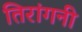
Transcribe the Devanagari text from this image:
तिरांगनी